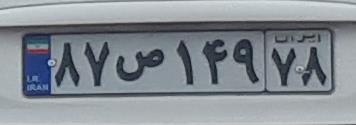
۸۷ص۱۴۹۷۸